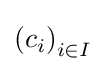
\left(c_{i}\right)_{i\in I}